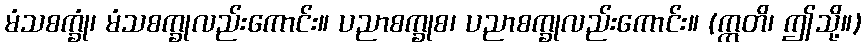
မံသစက္ခုံ၊ မံသစက္ခုလည်းကောင်း။ ပညာစက္ခုစ၊ ပညာစက္ခုလည်းကောင်း။ (ဣတိ၊ ဤသို့။)